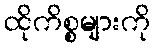
ထိုကိစ္စများကို